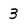
Character: 3